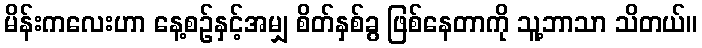
မိန်းကလေးဟာ နေ့စဉ်နှင့်အမျှ စိတ်နှစ်ခွ ဖြစ်နေတာကို သူ့ဘာသာ သိတယ်။